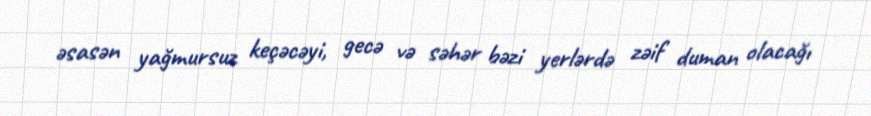
əsasən yağmursuz keçəcəyi, gecə və səhər bəzi yerlərdə zəif duman olacağı